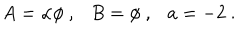
LaTeX: A = \alpha \phi ~ , B = \phi ~ , a = - 2 ~ .